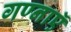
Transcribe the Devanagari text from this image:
गण्नाऍ